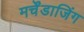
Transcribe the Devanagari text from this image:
मर्चेंडाजिंग